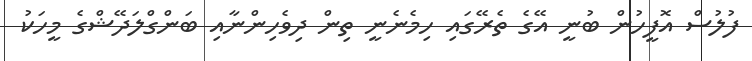
ފުލުސް އޮފީހުން ބުނީ އޭގެ ތެރޭގައި ހިމެނެނީ ތިން ދިވެހިންނާއި ބަންގްލަދޭޝްގެ މީހަކު